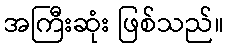
အကြီးဆုံး ဖြစ်သည်။